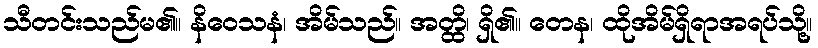
သီတင်းသည်မ၏။ နိဝေသနံ၊ အိမ်သည်။ အတ္ထိ၊ ရှိ၏။ တေန၊ ထိုအိမ်ရှိရာအရပ်သို့။